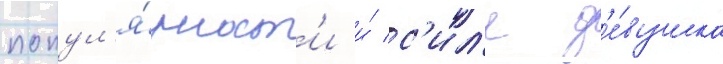
попул'я́рност'и и́ с'ил'е д'е́вушка